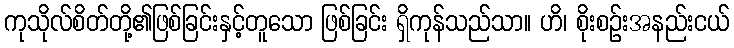
ကုသိုလ်စိတ်တို့၏ဖြစ်ခြင်းနှင့်တူသော ဖြစ်ခြင်း ရှိကုန်သည်သာ။ ဟိ၊ စိုးစဉ်းအနည်းငယ်